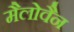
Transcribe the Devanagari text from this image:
मैलोवैन